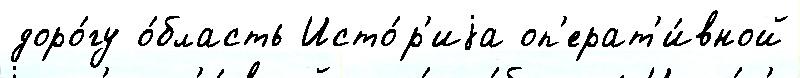
доро́гу о́бласть Исто́р'иjа оп'ерат'и́вной